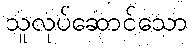
သူလုပ်ဆောင်သော